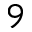
9